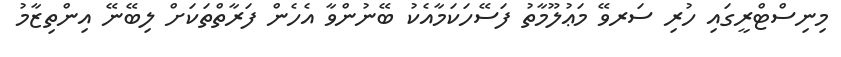
މިނިސްޓްރީގައި ހުރި ސަރވޭ މަޢުލޫމާތު ފަސޭހަކަމާއެކު ބޭނުންވާ އެހެން ފަރާތްތަކަށް ލިބޭނޭ އިންތިޒާމު